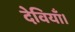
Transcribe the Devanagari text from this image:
देवियाँ।